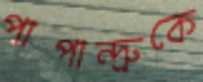
পাপান্দ্রুকে